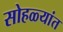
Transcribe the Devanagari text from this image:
सोहळ्यांत